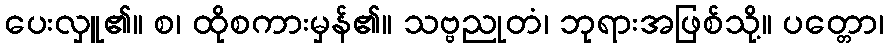
ပေးလှူ၏။ စ၊ ထိုစကားမှန်၏။ သဗ္ဗညုတံ၊ ဘုရားအဖြစ်သို့။ ပတ္တော၊